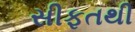
સીફતથી